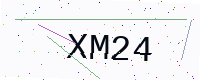
Text: XM24